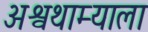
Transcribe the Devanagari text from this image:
अश्वथाम्याला